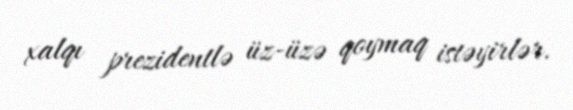
xalqı prezidentlə üz-üzə qoymaq istəyirlər.